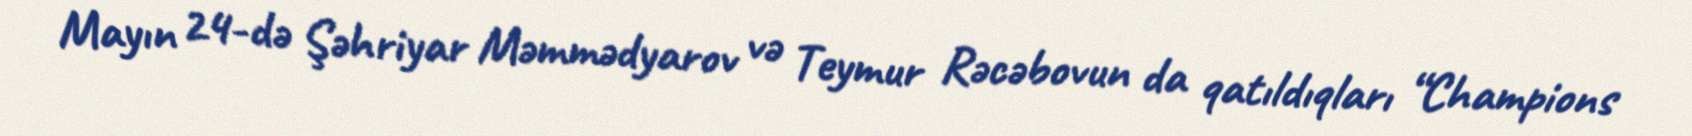
Mayın 24-də Şəhriyar Məmmədyarov və Teymur Rəcəbovun da qatıldıqları “Champions